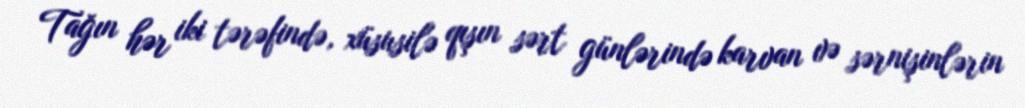
Tağın hər iki tərəfində, xüsusilə qışın sərt günlərində karvan və sərnişinlərin